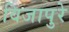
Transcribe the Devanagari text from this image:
विजापुरे